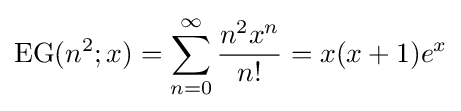
\operatorname {EG} (n^{2};x)=\sum _{n=0}^{\infty }{\frac {n^{2}x^{n}}{n!}}=x(x+1)e^{x}